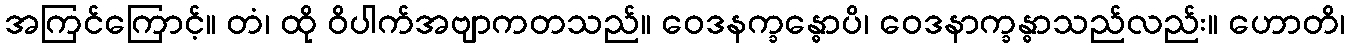
အကြင်ကြောင့်။ တံ၊ ထို ဝိပါက်အဗျာကတသည်။ ဝေဒနက္ခန္ဓောပိ၊ ဝေဒနာက္ခန္ဓာသည်လည်း။ ဟောတိ၊